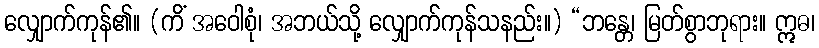
လျှောက်ကုန်၏။ (ကိံ အဝေါစုံ၊ အဘယ်သို့ လျှောက်ကုန်သနည်း။) “ဘန္တေ၊ မြတ်စွာဘုရား။ ဣဓ၊